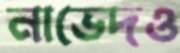
নাভেদও